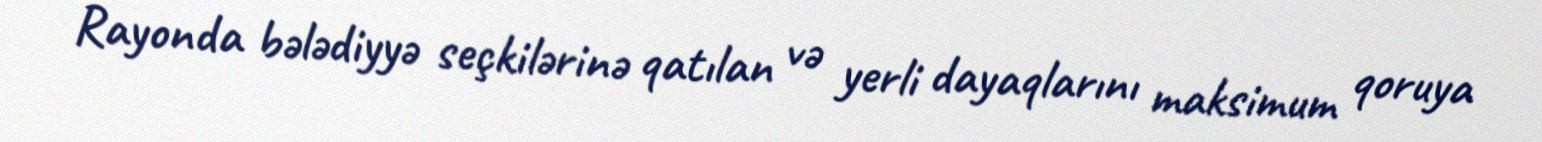
Rayonda bələdiyyə seçkilərinə qatılan və yerli dayaqlarını maksimum qoruya